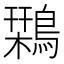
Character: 𪄃